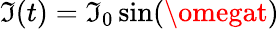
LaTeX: \mathfrak{I}(t)=\mathfrak{I}_{0}\sin(\omegat)